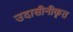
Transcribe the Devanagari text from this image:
उदासीनीकृत